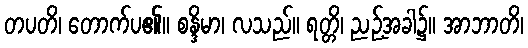
တပတိ၊ တောက်ပ၏။ စန္ဒိမာ၊ လသည်။ ရတ္တိ၊ ညဉ့်အခါ၌။ အာဘာတိ၊